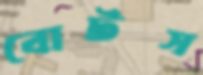
বোটস